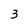
Character: 3